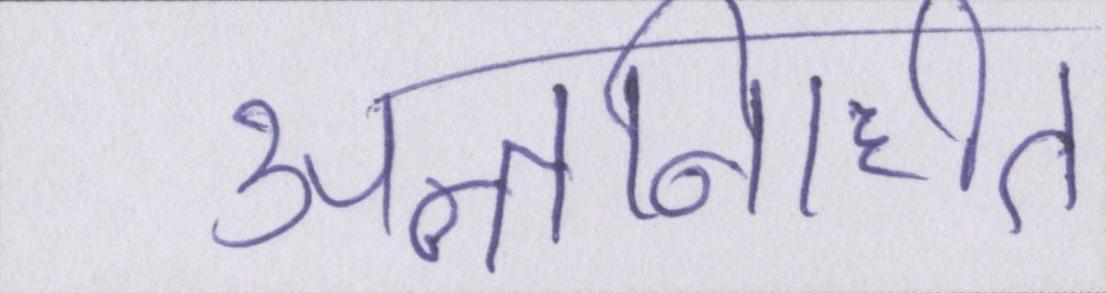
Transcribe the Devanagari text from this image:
अन्तर्निहित